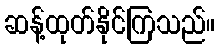
ဆန့်ထုတ်နိုင်ကြသည်။